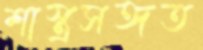
শাস্ত্রসঙ্গত